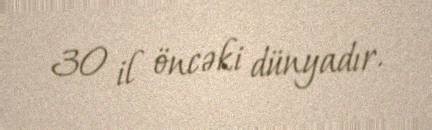
30 il öncəki dünyadır.